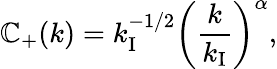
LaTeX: \mathbb{C}_{+}(k)=k_{\mathrm{{I}}}^{-1/2}\left(\frac{{k}}{{k_{\mathrm{{I}}}}}\right)^{\alpha},